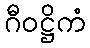
ဂီဝဋ္ဌိကံ